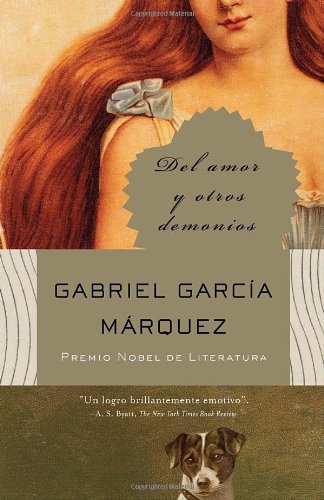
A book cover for Del amor y otros demonios (Spanish Edition); Gabriel GarcÃ­a MÃ¡rquez; Literature & Fiction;